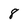
Character: 8